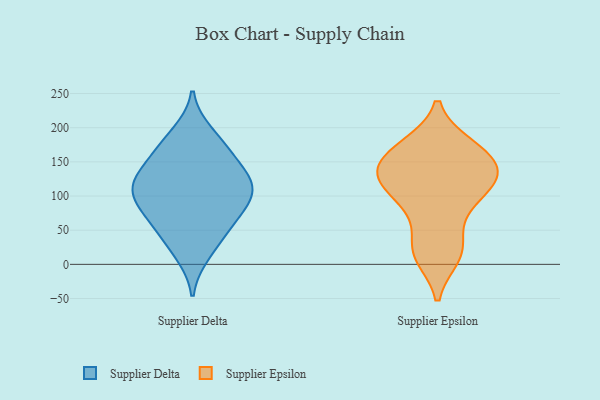
{"axis": {"x": "Waste Production (Tons)", "y": "Value"}, "legend": ["Supplier Delta", "Supplier Epsilon"], "data": [{"x": "", "y": 35, "type": "Supplier Delta"}, {"x": "", "y": 191, "type": "Supplier Delta"}, {"x": "", "y": 100, "type": "Supplier Delta"}, {"x": "", "y": 114, "type": "Supplier Delta"}, {"x": "", "y": 129, "type": "Supplier Delta"}, {"x": "", "y": 103, "type": "Supplier Delta"}, {"x": "", "y": 64, "type": "Supplier Delta"}, {"x": "", "y": 16, "type": "Supplier Delta"}, {"x": "", "y": 105, "type": "Supplier Delta"}, {"x": "", "y": 79, "type": "Supplier Delta"}, {"x": "", "y": 168, "type": "Supplier Delta"}, {"x": "", "y": 141, "type": "Supplier Delta"}, {"x": "", "y": 172, "type": "Supplier Delta"}, {"x": "", "y": 62, "type": "Supplier Delta"}, {"x": "", "y": 126, "type": "Supplier Delta"}, {"x": "", "y": 87, "type": "Supplier Epsilon"}, {"x": "", "y": 82, "type": "Supplier Epsilon"}, {"x": "", "y": 13, "type": "Supplier Epsilon"}, {"x": "", "y": 118, "type": "Supplier Epsilon"}, {"x": "", "y": 131, "type": "Supplier Epsilon"}, {"x": "", "y": 173, "type": "Supplier Epsilon"}, {"x": "", "y": 171, "type": "Supplier Epsilon"}, {"x": "", "y": 126, "type": "Supplier Epsilon"}, {"x": "", "y": 153, "type": "Supplier Epsilon"}, {"x": "", "y": 163, "type": "Supplier Epsilon"}, {"x": "", "y": 22, "type": "Supplier Epsilon"}, {"x": "", "y": 129, "type": "Supplier Epsilon"}, {"x": "", "y": 126, "type": "Supplier Epsilon"}, {"x": "", "y": 22, "type": "Supplier Epsilon"}]}